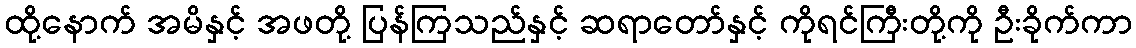
ထို့နောက် အမိနှင့် အဖတို့ ပြန်ကြသည်နှင့် ဆရာတော်နှင့် ကိုရင်ကြီးတို့ကို ဦးခိုက်ကာ